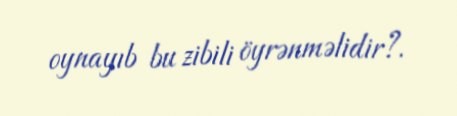
oynayıb bu zibili öyrənməlidir?.